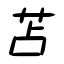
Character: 苫